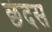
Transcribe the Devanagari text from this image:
छंदस